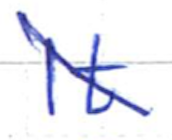
Text: It
Cross-out: diagonal
Writing tool: ballpoint